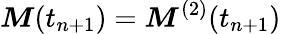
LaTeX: \boldsymbol{M}(t_{n+1})=\boldsymbol{M}^{(2)}(t_{n+1})